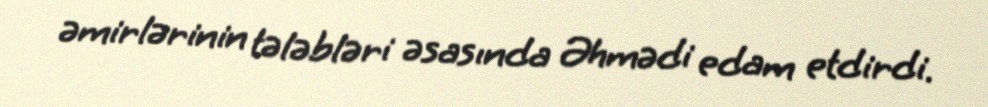
əmirlərinin tələbləri əsasında Əhmədi edam etdirdi.